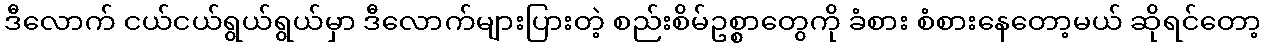
ဒီလောက် ငယ်ငယ်ရွယ်ရွယ်မှာ ဒီလောက်များပြားတဲ့ စည်းစိမ်ဥစ္စာတွေကို ခံစား စံစားနေတော့မယ် ဆိုရင်တော့